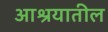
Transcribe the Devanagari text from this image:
आश्रयातील